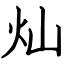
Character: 灿